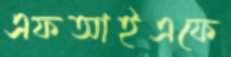
এফআইএফে